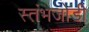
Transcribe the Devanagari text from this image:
स्तंभजोडी